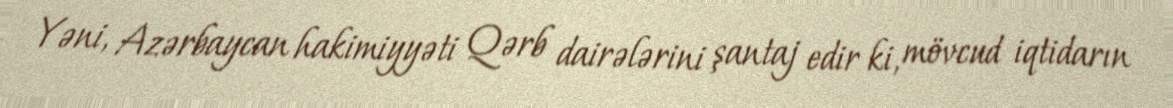
Yəni, Azərbaycan hakimiyyəti Qərb dairələrini şantaj edir ki, mövcud iqtidarın